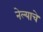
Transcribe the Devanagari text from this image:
नेल्याचे